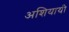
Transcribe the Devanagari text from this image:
अशियायी